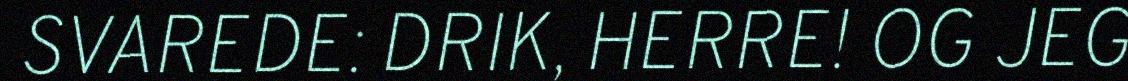
SVAREDE: DRIK, HERRE! OG JEG